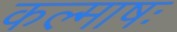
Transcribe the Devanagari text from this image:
कल्माषः